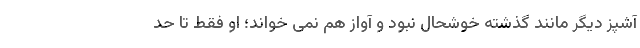
آشپز دیگر مانند گذشته خوشحال نبود و آواز هم نمی خواند؛ او فقط تا حد